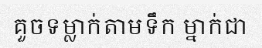
គួចទម្លាក់តាមទឹក ម្នាក់ជា